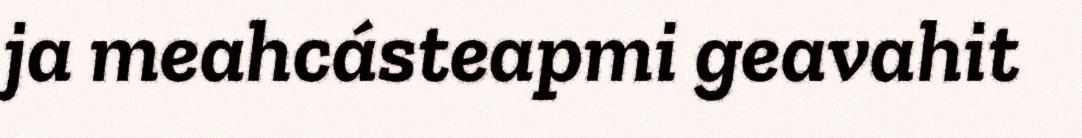
ja meahcásteapmi geavahit